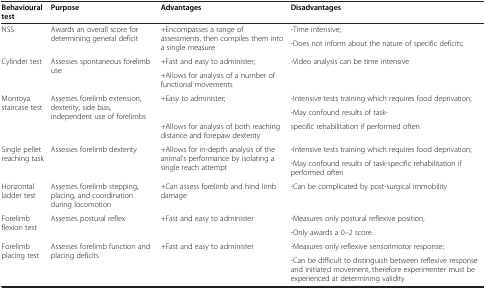
<table><thead><tr><td><b>Behavioural test</b></td><td><b>Purpose</b></td><td><b>Advantages</b></td><td><b>Disadvantages</b></td></tr></thead><tbody><tr><td rowspan="2">NSS</td><td rowspan="2">Awards an overall score for determining general deficit</td><td rowspan="2">+Encompasses a range of assessments, then compiles them into a single measure</td><td>-Time intensive;</td></tr><tr><td>-Does not inform about the nature of specific deficits;</td></tr><tr><td rowspan="2">Cylinder test</td><td rowspan="2">Assesses spontaneous forelimb use</td><td>+Fast and easy to administer;</td><td>-Video analysis can be time intensive</td></tr><tr><td>+Allows for analysis of a number of functional movements</td><td> </td></tr><tr><td rowspan="3">Montoya staircase test</td><td rowspan="3">Assesses forelimb extension, dexterity, side bias, independent use of forelimbs</td><td rowspan="2">+Easy to administer;</td><td>-Intensive tests training which requires food deprivation;</td></tr><tr><td>-May confound results of task-</td></tr><tr><td>+Allows for analysis of both reaching distance and forepaw dexterity</td><td>specific rehabilitation if performed often</td></tr><tr><td rowspan="2">Single pellet reaching task</td><td rowspan="2">Assesses forelimb dexterity</td><td rowspan="2">+Allows for in-depth analysis of the animal’s performance by isolating a single reach attempt</td><td>-Intensive tests training which requires food deprivation;</td></tr><tr><td>-May confound results of task-specific rehabilitation if performed often</td></tr><tr><td>Horizontal ladder test</td><td>Assesses forelimb stepping, placing, and coordination during locomotion</td><td>+Can assess forelimb and hind limb damage</td><td>-Can be complicated by post-surgical immobility</td></tr><tr><td rowspan="2">Forelimb flexion test</td><td rowspan="2">Assesses postural reflex</td><td rowspan="2">+Fast and easy to administer</td><td>-Measures only postural reflexive position,</td></tr><tr><td>-Only awards a 0–2 score.</td></tr><tr><td>Forelimb placing test</td><td>Assesses forelimb function and placing deficits</td><td>+Fast and easy to administer</td><td>-Measures only reflexive sensorimotor response;</td></tr><tr><td> </td><td> </td><td> </td><td>-Can be difficult to distinguish between reflexive response and initiated movement, therefore experimenter must be experienced at determining validity</td></tr></tbody></table>